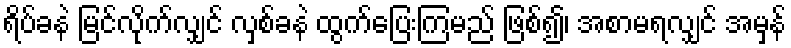
ရိပ်ခနဲ မြင်လိုက်လျှင် လှစ်ခနဲ ထွက်ပြေးကြမည် ဖြစ်၍၊ အစာမရလျှင် အမှန်